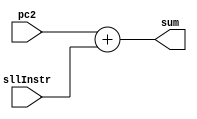
/*
	Stage 2 Adder, which has the inputs (PC+2) & (Sll Sign Extended value)
*/
module st2_adder(
	input [15:0] pc2, sllInstr,
	output reg [15:0] sum);

always@(*)
begin
	sum <= pc2 + sllInstr;
end

endmodule